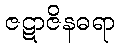
ဇဋာဇိနဓရာ